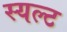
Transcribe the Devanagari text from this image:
स्यल्ट